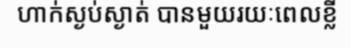
ហាក់ស្ងប់ស្ងាត់ បានមួយរយៈពេលខ្លី